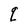
Character: q